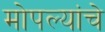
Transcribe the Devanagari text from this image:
मोपल्यांचे